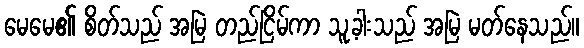
မေမေ၏ စိတ်သည် အမြဲ တည်ငြိမ်ကာ သူ့ခါးသည် အမြဲ မတ်နေသည်။